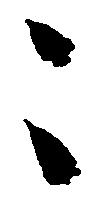
々